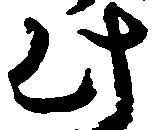
此